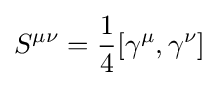
S^{\mu \nu }={\frac {1}{4}}[\gamma ^{\mu },\gamma ^{\nu }]